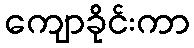
ကျောခိုင်းကာ